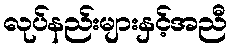
လုပ်နည်းများနှင့်အညီ